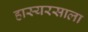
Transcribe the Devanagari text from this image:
हास्यरसाला